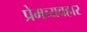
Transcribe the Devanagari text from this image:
प्रेमव्यवहार